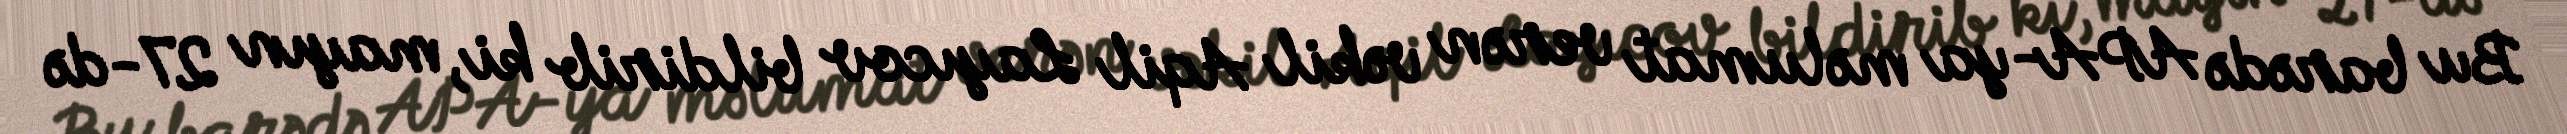
Bu barədə APA-ya məlumat verən vəkil Aqil Layıcov bildirib ki, mayın 27-də